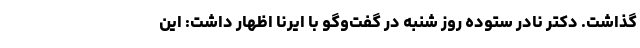
گذاشت. دکتر نادر ستوده روز شنبه در گفت‌وگو با ایرنا اظهار داشت: این